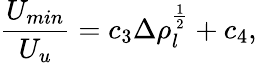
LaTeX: \frac{U_{min}}{U_{u}}=c_{3}\Delta\rho_{l}^{\frac{1}{2}}+c_{4},